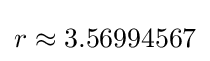
r\approx 3.56994567